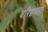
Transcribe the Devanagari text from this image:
वरिष्ठमता